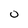
Character: O